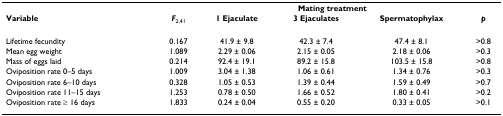
|  |  | <COLSPAN=3> Mating treatment |  |
 | Variable | F2,41 | 1 Ejaculate | 3 Ejaculates | Spermatophylax | p |
 | --- | --- | --- | --- | --- | --- |
 | Lifetime fecundity | 0.167 | 41.9 ± 9.8 | 42.3 ± 7.4 | 47.4 ± 8.1 | >0.8 |
 | Mean egg weight | 1.089 | 2.29 ± 0.06 | 2.15 ± 0.05 | 2.18 ± 0.06 | >0.3 |
 | Mass of eggs laid | 0.214 | 92.4 ± 19.1 | 89.2 ± 15.8 | 103.5 ± 15.8 | >0.8 |
 | Oviposition rate 0–5 days | 1.009 | 3.04 ± 1.38 | 1.06 ± 0.61 | 1.34 ± 0.76 | >0.3 |
 | Oviposition rate 6–10 days | 0.328 | 1.05 ± 0.53 | 1.39 ± 0.44 | 1.59 ± 0.49 | >0.7 |
 | Oviposition rate 11–15 days | 1.253 | 0.78 ± 0.50 | 1.66 ± 0.52 | 1.80 ± 0.41 | >0.2 |
 | Oviposition rate ≥ 16 days | 1.833 | 0.24 ± 0.04 | 0.55 ± 0.20 | 0.33 ± 0.05 | >0.1 |